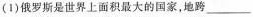
(1)俄罗斯是世界上面积最大的国家，地跨___